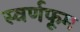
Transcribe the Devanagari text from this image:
स्वर्णफूम